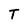
Character: T